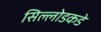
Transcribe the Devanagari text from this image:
सिल्लोडकडे